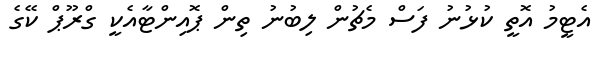
އެޓީމު އޮތީ ކުޅުނު ފަސް މެޗުން ލިބުނު ތިން ޕޮއިންޓާއެކީ ގްރޫޕް ކޭގެ